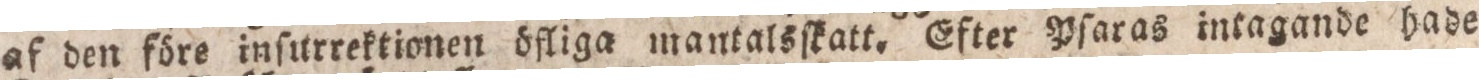
af den före inſurrektionen öfliga mantalsſkatt. Efter Pſaras intagande hade